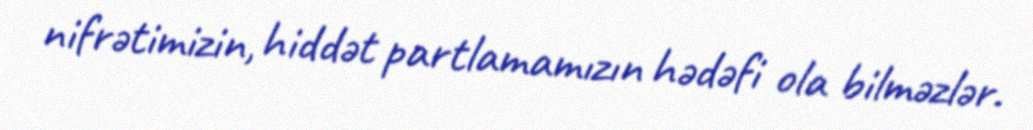
nifrətimizin, hiddət partlamamızın hədəfi ola bilməzlər.